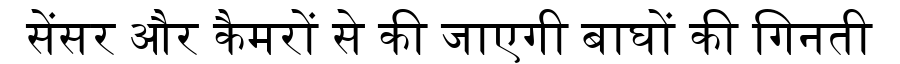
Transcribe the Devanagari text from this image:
सेंसर और कैमरों से की जाएगी बाघों की गिनती